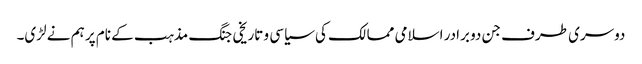
دوسری طرف جن دو برادر اسلامی ممالک کی سیاسی و تاریخی جنگ مذہب کے نام پر ہم نے لڑی۔